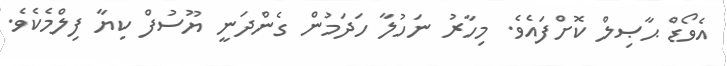
އެވޯޑް ޙާޞިލް ކޮށްފައެވެ. މިހާރު ނަހުލާ ހަދަމުން ގެންދަނީ ޔޫސުފް ކިޔާ ފިލްމެކެވެ.